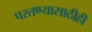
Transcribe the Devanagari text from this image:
परतण्यासाठीही